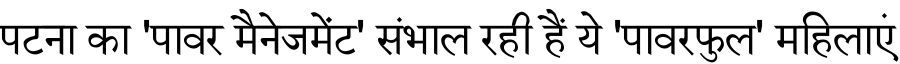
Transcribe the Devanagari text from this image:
पटना का 'पावर मैनेजमेंट' संभाल रही हैं ये 'पावरफुल' महिलाएं